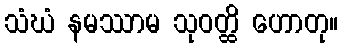
သံဃံ နမဿာမ သုဝတ္ထိ ဟောတု။